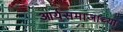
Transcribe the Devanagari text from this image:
आर्यसमाजाच्या